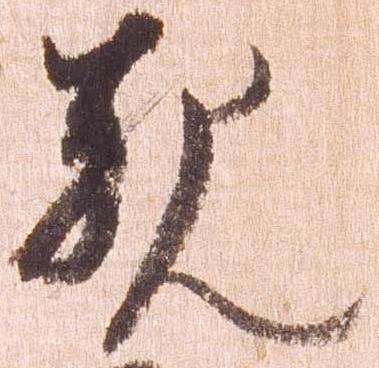
観